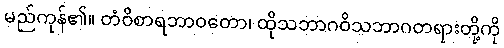
မည်ကုန်၏။ တံဝိစာရဘာဝတော၊ ထိုသဘာဂဝိသဘာဂတရားတို့ကို